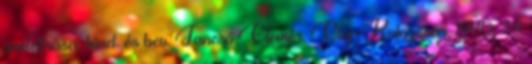
önéletírása, kiad. és bev. Jancsó Elemér, Cluj-Kolozsvár, 1940, 78